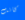
كانت